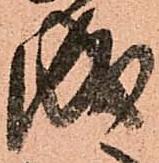
成